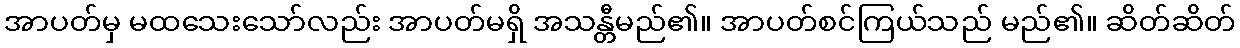
အာပတ်မှ မထသေးသော်လည်း အာပတ်မရှိ အသန္တီမည်၏။ အာပတ်စင်ကြယ်သည် မည်၏။ ဆိတ်ဆိတ်